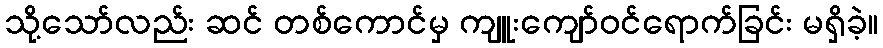
သို့သော်လည်း ဆင် တစ်ကောင်မှ ကျူးကျော်ဝင်ရောက်ခြင်း မရှိခဲ့။